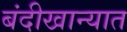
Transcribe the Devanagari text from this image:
बंदीखान्यात